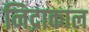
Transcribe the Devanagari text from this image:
निद्राकाल